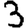
Digit: 3